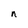
Character: n